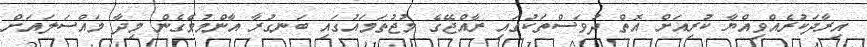
އިރާދަކުރެއްވިއްޔާ ކުރިއަށް އޮތް ދުވަސްތަކުގައި ރާއްޖޭގެ މުޖުތަމައުގައި ބަނގުރާ އާންމުވެގެން މިދާ މައްސަލައަށް